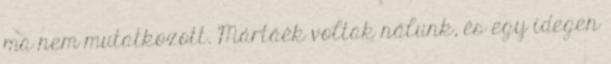
ma nem mutatkozott. Mártáék voltak nálunk, és egy idegen